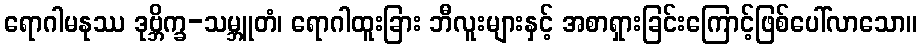
ရောဂါမနုဿ ဒုဗ္ဘိက္ခ-သမ္ဘူတံ၊ ရောဂါထူးခြား ဘီလူးများနှင့် အစာရှားခြင်းကြောင့်ဖြစ်ပေါ်လာသော။